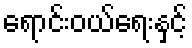
ရောင်းဝယ်ရေးနှင့်